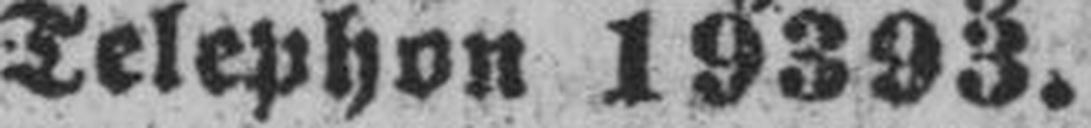
Telephon 19393.